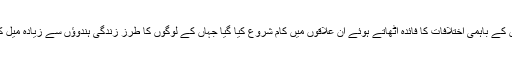
مسلمانوں کے باہمی اختلافات کا فائدہ اٹھاتے ہوئے ان علاقوں میں کام شروع کیا گیا جہاں کے لوگوں کا طرز زندگی ہندوؤں سے زیادہ میل کھاتا تھا۔